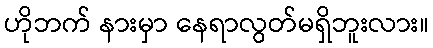
ဟိုဘက် နားမှာ နေရာလွတ်မရှိဘူးလား။